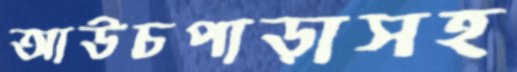
আউচপাড়াসহ